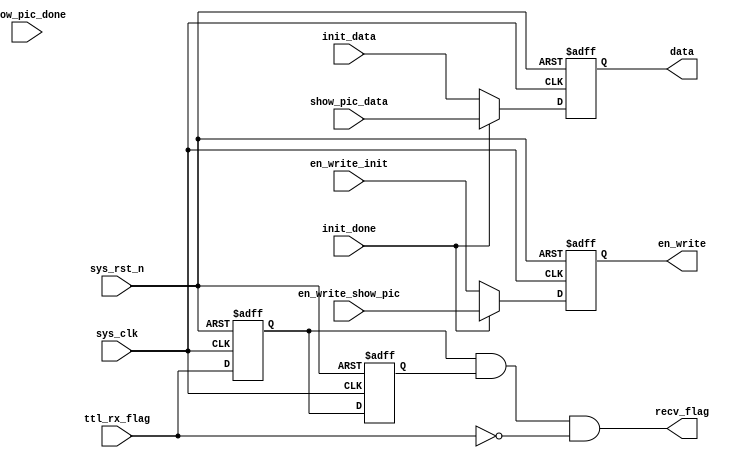

module  control
(
    input   wire             sys_clk       ,   
    input   wire             sys_rst_n           ,
    input   wire     [8:0]   init_data           ,
    input   wire             en_write_init       ,
    input   wire             init_done           ,
    input   wire     [8:0]   show_pic_data      ,
    input   wire             en_write_show_pic  ,
	 input   wire				  show_pic_done,
    output  reg      [8:0]   data                ,
    output  reg              en_write,

    // uart
    input   wire    ttl_rx_flag, // 
    output  wire    recv_flag // 1
); 

reg      cnt1;

always@(posedge sys_clk or negedge sys_rst_n)
    if(!sys_rst_n)
        data <= 'd0;
    else if(init_done == 1'b0)
        data <= init_data;
    else if(init_done == 1'b1)
        data <= show_pic_data;
    else
        data <= data;

always@(posedge sys_clk or negedge sys_rst_n)
    if(!sys_rst_n)
        en_write <= 'd0;
    else if(init_done == 1'b0)
        en_write <= en_write_init ;
    else if(init_done == 1'b1)
        en_write <= en_write_show_pic;
    else
        en_write <= en_write;

//  

reg ttl_rx_flag0, ttl_rx_flag1;
always @(posedge sys_clk or negedge sys_rst_n) begin
    if(!sys_rst_n) begin
        ttl_rx_flag0 <= 1'b0;
        ttl_rx_flag1 <= 1'b0;
    end else begin
        ttl_rx_flag0 <= ttl_rx_flag;
        ttl_rx_flag1 <= ttl_rx_flag0;
    end
    
end

assign recv_flag = (ttl_rx_flag0) & (ttl_rx_flag1) & (~ttl_rx_flag);

endmodule